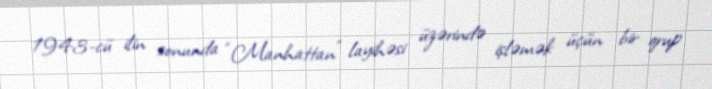
1943-cü ilin sonunda “Manhattan” layihəsi üzərində işləmək üçün bir qrup